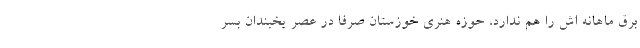
برق ماهانه اش را هم ندارد، حوزه هنری خوزستان صرفا در عصر یخبندان بسر